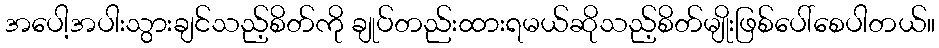
အပေါ့အပါးသွားချင်သည့်စိတ်ကို ချုပ်တည်းထားရမယ်ဆိုသည့်စိတ်မျိုးဖြစ်ပေါ်စေပါတယ်။